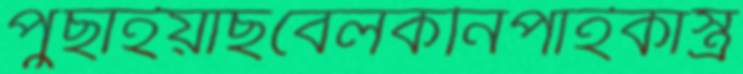
পুঁছাইয়াছবেলকনিপাইকাস্ত্র